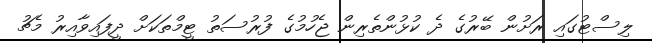
ލިސްޓުގައި ރަށުން ބޭރުގެ ދެ ކުޅުންތެރިން ޖެހުމުގެ ފުރުސަތު ޓީމްތަކަށް ދީފައިވާއިރު މެޗު